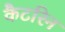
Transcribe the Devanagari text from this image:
कैटरिन